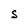
Character: S